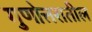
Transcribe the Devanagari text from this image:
गुणोत्तरातील